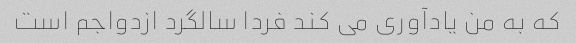
که به من یادآوری می کند فردا سالگرد ازدواجم است